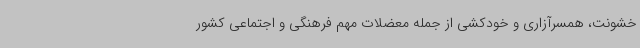
خشونت، همسرآزاری و خودکشی از جمله معضلات مهم فرهنگی و اجتماعی کشور